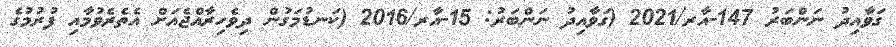
ގަވާއިދު ނަންބަރު 147-އާރ/2021 (ގަވާއިދު ނަންބަރު: 15-އާރ/2016 (ކަނޑުމަގުން ދިވެހިރާއްޖެއަށް އެތެރެވުމާއި ފުރުމުގެ